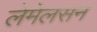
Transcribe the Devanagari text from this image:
लेमेलसन